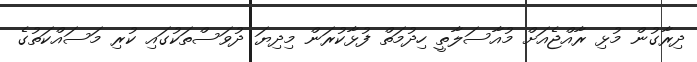
ދިރާގުން މުޅި ރާއްޖެއަށް މުއާސަލާތީ ހިދުމަތް ފުޅާކުރަން މިދިޔަ ދުވަސްތަކުގައި ކުރި މަސައްކަތުގެ